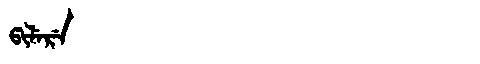
Manchu: ᡦᡳᠯᡝᡵᡝ
Romanization: PILERE